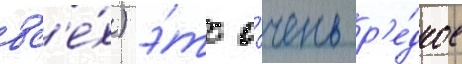
вс'е́х) э́то о́чень р'е́дкое